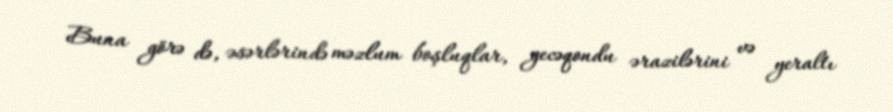
Buna görə də, əsərlərində məzlum boşluqlar, gecəqondu ərazilərini və yeraltı